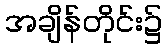
အချိန်တိုင်း၌